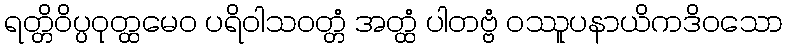
ရတ္တိဝိပ္ပဝုတ္ထမေဝ ပရိဝါသဝတ္တံ အတ္ထံ ပါတဗ္ဗံ ဝဿူပနာယိကဒိဝသော